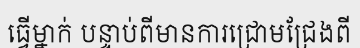
ធ្វើម្នាក់ បន្ទាប់ពីមានការជ្រោមជ្រែងពី